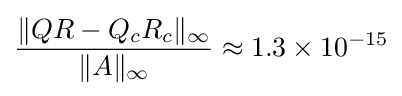
{\frac {\|QR-Q_{c}R_{c}\|_{\infty }}{\|A\|_{\infty }}}\approx 1.3\times 10^{-15}